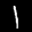
Label: 1